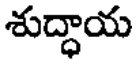
శుద్ధాయ